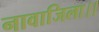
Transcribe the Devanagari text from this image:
नावाजिला।।